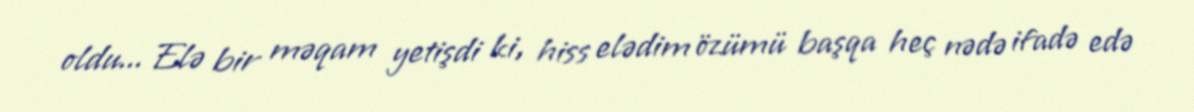
oldu... Elə bir məqam yetişdi ki, hiss elədim özümü başqa heç nədə ifadə edə